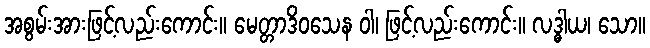
အစွမ်းအားဖြင့်လည်းကောင်း။ မေတ္တာဒိဝသေန ဝါ၊ ဖြင့်လည်းကောင်း။ လဒ္ဓါယ၊ သော။